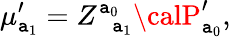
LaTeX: \mu_{\mathtt{a}_{1}}^{\prime}=Z_{\; \; \mathtt{a}_{1}}^{\mathtt{a}_{0}}{\calP}_{\mathtt{a}_{0}}^{\prime},